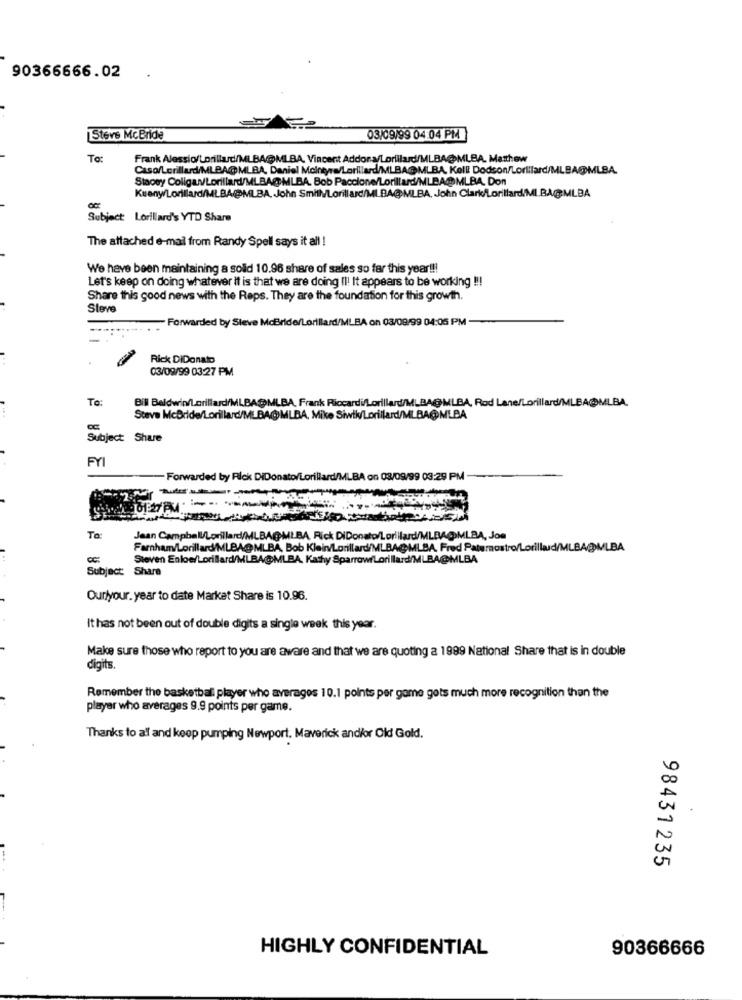
90366666.02
Steve McBride
03/09/99 04:04 PM
To:
Frank Alessio/Lorillard/MLBA@MLBA, Vincent Addons/Lorillard/MLBA@MLBA. Matthew
Caso/Lerillard/MLBA@MLBA, Daniel Mcintyre/Lorillard/MLBA@MLBA, Kell: Dodson/Lorlilard/MLBA@MLBA.
Stacey Coligan/Lorillard/MLBA@MLBA. Bob Paccione/Lorillard/MLBA@MLBA. Don
Kuany/Lorillard/MLBAMLBA. John SmithMLorillard/MLBA@MLBA. John Clark/Lorillard/ML.BA.@MLBA
Subject: Lorillard's YTD Share
The attached e-mail from Randy Spell says it all !
We have been maintaining a solid 10.96 share of sales so far this year !!!
Let's keep on doing whatever it is that we are doing Il! It appears to be working !!!
Share this good news with the Reps. They are the foundation for this growth.
Steve
- Forwarded by Steve McBride/Lorillard/MLBA on 03/09/99 04:05 PM
Rick DiDonato
03/09/99 03:27 PM
To:
Bil Baldwin/Lorillard/MLBAMLBA. Frank Riccardi/Lorillard/MLBA@MLBA, Rod Lane/Lorillard/MLBA@MLBA.
Steve McBride/Lorillard/MLBA@MLBA, Mike Siwtk/Lorillard/MLBA@MLBA
Subject Share
FYI
- Forwarded by Fick DiDonato/Lorillard/MLBA on 03/09/99 03:29 PM
To:
Jean Campbell/Lorillard/MLBAGMLBA, Rick DiDonato/Lorillard/MLBA@MLBA, Jos
Farnham/Lorillard/MLBA@ MLBA, Bob Klein/Lorillard/MLBAGMLBA, Fred Paternostro/Lorillard/MLBA@MLBA
Steven Enloe/Lorillard/MLBA@MLBA, Kathy SparrowrLorillard/MLBA@MLBA
Subject: Share
Ourlyour. year to date Market Share is 10.96.
It has not been out of double digits a single week this year.
Make sure those who report to you are aware and that we are quoting a 1999 National Share that is in double
digits.
Remember the basketball player who averages 10.1 points per game gets much more recognition than the
player who averages 9.9 points per game.
Thanks to al and keep pumping Newport. Maverick and/or Old Gold.
98431235
HIGHLY CONFIDENTIAL
90366666